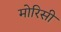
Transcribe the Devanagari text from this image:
मोरिसी